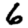
Digit: 6